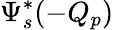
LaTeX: \Psi_{s}^{*}(-Q_{p})